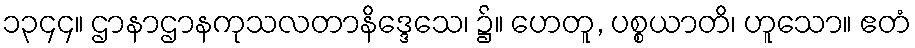
၁၃၄၄။ ဌာနာဌာနကုသလတာနိဒ္ဒေသေ၊ ၌။ ဟေတူ, ပစ္စယာတိ၊ ဟူသော။ ဧတံ